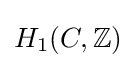
H_{1}(C,\mathbb {Z} )